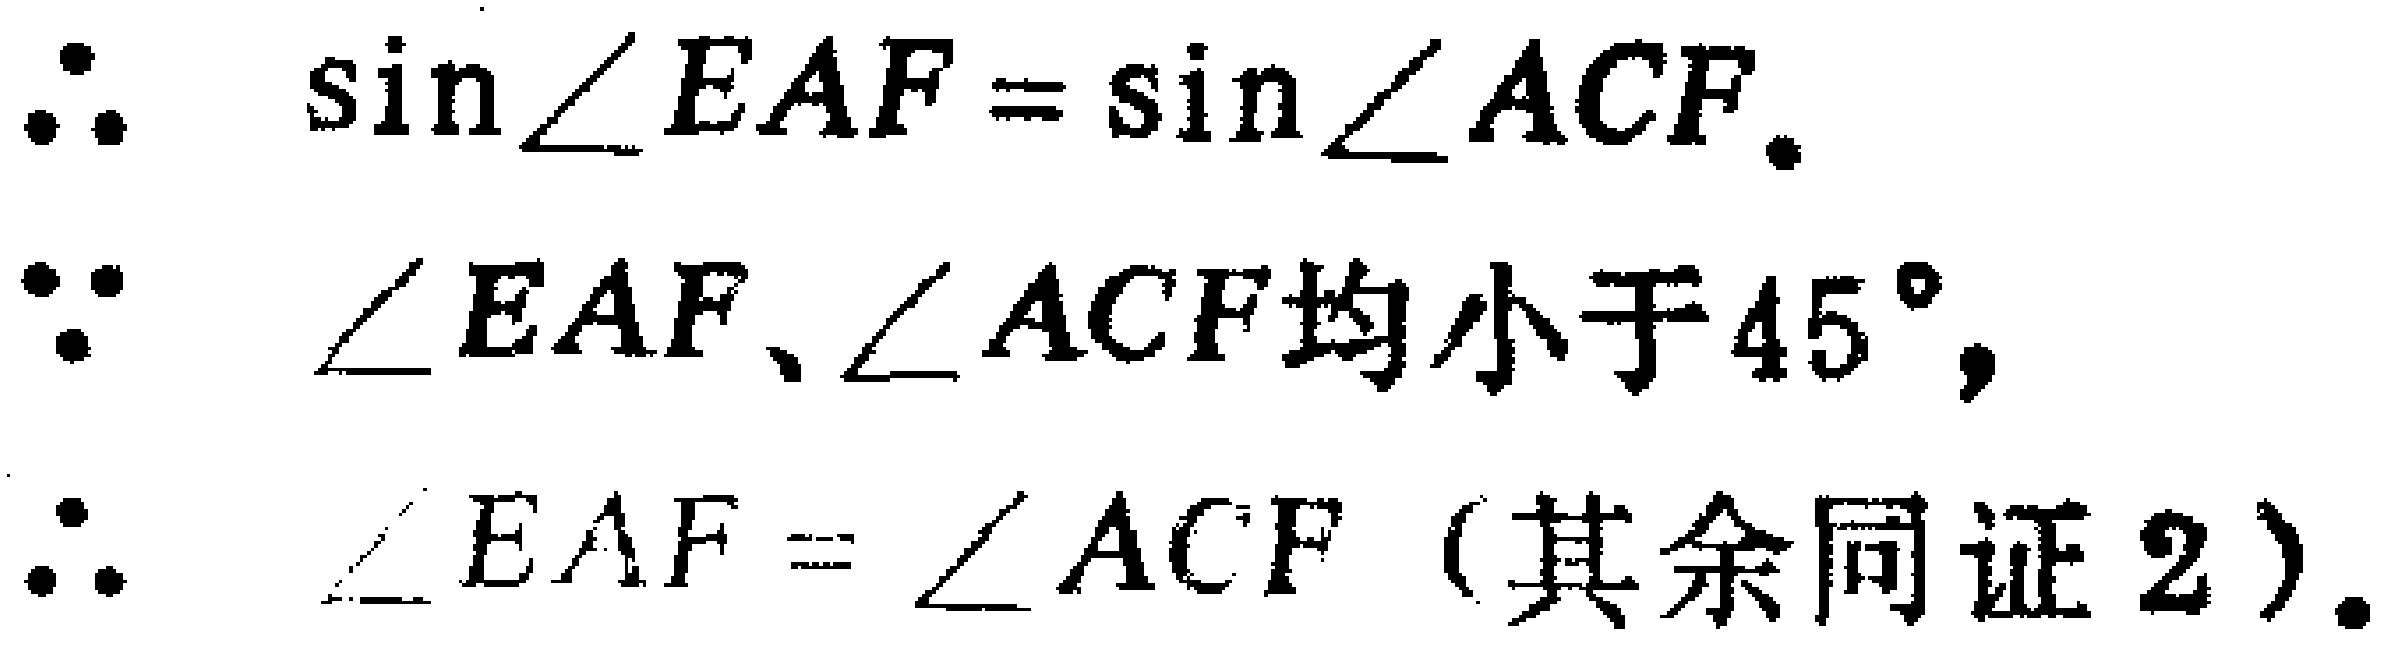
\(\begin{align*}

&\therefore\quad \sin\angle EAF = \sin\angle ACF.\\

&\because\quad \angle EAF、\angle ACF均小于45^{\circ},\\

&\therefore\quad \angle EAF = \angle ACF（其余同证2）.

\end{align*}\)